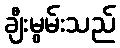
ချီးမွမ်းသည်